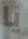
يا